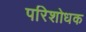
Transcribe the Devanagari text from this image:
परिशोधक